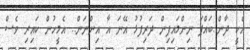
އެކީ ދާން..ބައްޕަ ނިންމައިފިން ދަރިފުޅު އޭނަ އާ އިންނަން.. އެމީހުން ކައިރި ވެސް